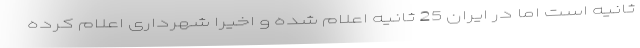
ثانیه است اما در ایران 25 ثانیه اعلام شده و اخیرا شهرداری اعلام کرده